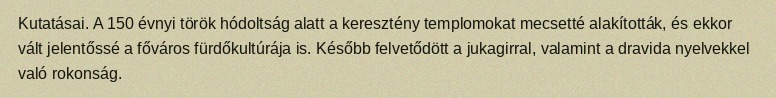
Kutatásai. A 150 évnyi török hódoltság alatt a keresztény templomokat mecsetté alakították, és ekkor vált jelentőssé a főváros fürdőkultúrája is. Később felvetődött a jukagirral, valamint a dravida nyelvekkel való rokonság.